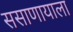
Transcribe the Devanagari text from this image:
ससाणायाला